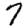
Digit: 7